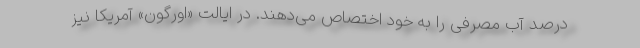
درصد آب مصرفی را به خود اختصاص می‌دهند. در ایالت «اورگون» آمریکا نیز